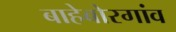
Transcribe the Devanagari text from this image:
बाहेबोरगांव